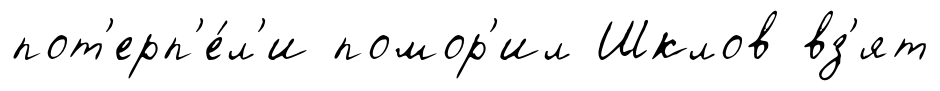
пот'ерп'е́л'и помор'ил Шклов вз'ят